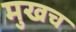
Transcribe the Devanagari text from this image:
मुखच